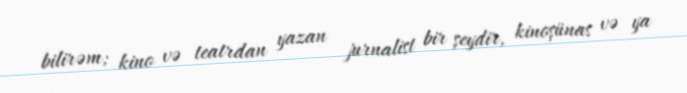
bilirəm; kino və teatrdan yazan jurnalist bir şeydir, kinoşünas və ya